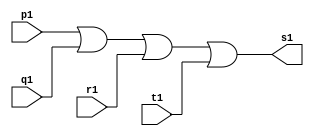
// ----------------------------------------
// Exerccio0011 - EXTRA
// Nome: Joo Henrique Mendes de Oliveira
// ----------------------------------------

// -------------------
// -- or gate
// -------------------

module orgate01 (output s1, input p1, input q1, input r1, input t1);
	assign s1 = p1 | q1 | r1 | t1;
endmodule //-- orgate 
        
module orgate02 (output s2, input p2, input q2, input r2, input t2);
	assign s2 = p2 | q2 | r2 | t2;
endmodule //-- orgate 

// -------------------
// -- nor gate
// -------------------

module norgate(output s, input s1,input s2);
	assign s = ~(s1 | s2); 
endmodule //-- norgate

// -------------------
// -- test circuito
// -------------------

module testcircuito;
	reg a, b, c, d, e, f, g, h;
	wire s, s1, s2; 
 
	orgate01 OR1(s1, a, b, c, d); 
	orgate02 OR2(s2, e, f, g, h);
	norgate NOR1(s, s1, s2);  

	initial begin:start
		a = 0; b = 0; c = 0; d = 0; e = 0; f = 0; g = 0; h = 0; 
	end //-- start
 
	initial begin:main
		$display("Exerccio0011 - Joo Henrique Mendes de Oliveira - 392734"); 
		$display("Test circuito _ Alguns Exemplos"); 
		$display("\na b c d e f g h = s\n");
		$monitor("%b %b %b %b %b %b %b %b = %b", a, b, c, d, e, f, g, h, s);
		
	#1 a = 0; b = 0; c = 0; d = 0; e = 0; f = 0; g = 0; h = 0;
	#1 a = 0; b = 0; c = 0; d = 0; e = 0; f = 0; g = 0; h = 1;
	#1 a = 0; b = 0; c = 0; d = 0; e = 0; f = 0; g = 1; h = 0;
	#1 a = 0; b = 0; c = 0; d = 0; e = 0; f = 1; g = 0; h = 0;
	#1 a = 0; b = 0; c = 0; d = 0; e = 1; f = 0; g = 0; h = 0;
	#1 a = 0; b = 0; c = 0; d = 1; e = 0; f = 0; g = 0; h = 0;
	#1 a = 0; b = 0; c = 1; d = 0; e = 0; f = 0; g = 0; h = 0;
	#1 a = 0; b = 1; c = 0; d = 0; e = 0; f = 0; g = 0; h = 0;
	#1 a = 1; b = 0; c = 0; d = 0; e = 0; f = 0; g = 0; h = 0;
	
	end //-- main
  
endmodule //-- testcircuito